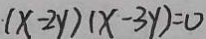
( x - 2 y ) ( x - 3 y ) = 0